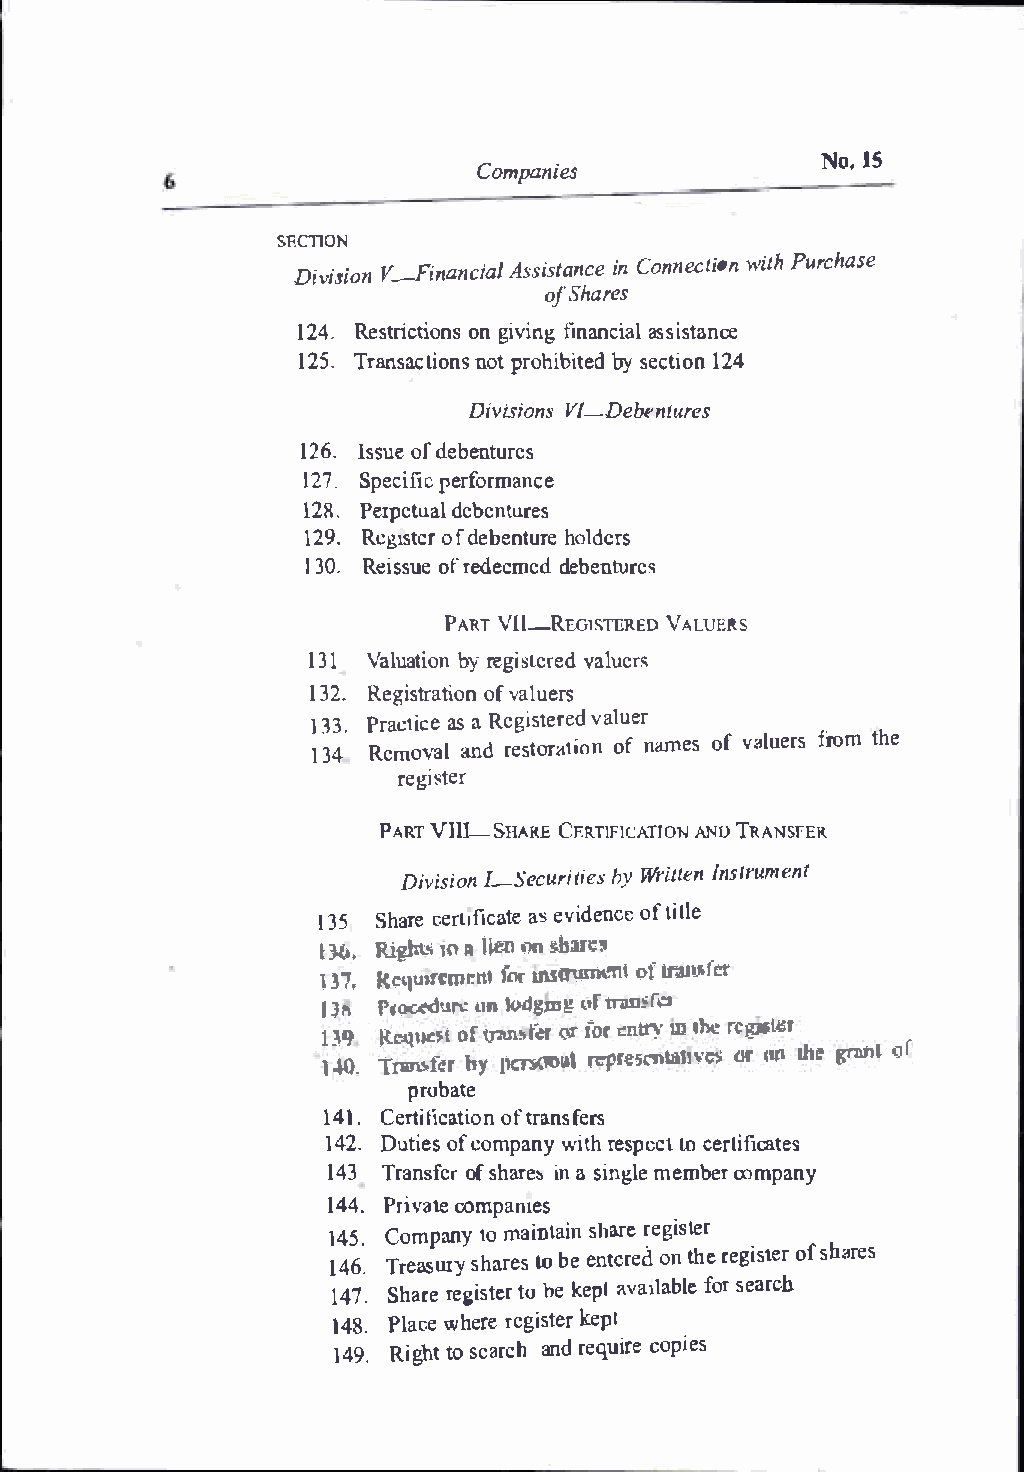
Companies
 No.lS
 SF.CTION
 DivisVi-oFni nanAcsisails itnaC nocnen ectiPounr cwhiatshe
 of  Shares
 12.4 Restriocntg iiovnitisnn ga ncaisasli stance
 12.5 Transacnlopitro onhsi bbyis teecdt 1i2o4n
 DivisViIo--nDse bentures
 126I. ssudee boefn tures
 127S. pecpiefircf ormance
 12RP. erpedteubaeln tures
 129.R cg1osftdc erb enhtoulrdee rs
 130.R eisosfureed ecmdeedb entures
 PARVTl l-REGlSVTEARLEUDER S
 131 Valuabtyir eogni svtaelrueedr s
 132.R egistorfav tailoune rs
 133P.r actaisac R ee gisvtaelreude r
 134 Removaanldr estoroafnt aimoenos fv aluferrostm h e
 register
 PARVTI II-SHACRF.ER TIFICAANTUTJ RONA NSFE!l.
 Divi!s-iSoenc urhiyWt riietltst1 esnt rument
 135S hacreer t1afsei vciadteeon ftc iet le
 a
 LJ6.Righl'l H 'I U:enn n£hut s
 I�7.R c'lwTCmt:nt fu�r of�rer
 lJrt l'road� oo 16l!gmugf t"G�ru;fll:2
 1.39 lt.equcs.ut.f\17tl\5 f�r Gr fei:I1'1r11 . m1l1t:r cgw�u
 14'0- Utml;f.er by pasonol rc:pie-senm1lv=i 6r liDlh e gmnl o'F
 probate
 141C. ertifiocfta rtainosnf ers
 142D.u tioefcs o mpawniytr he sptoe ccetr tificates
 143T ransoffe rs hianars ei�n mgleem bceorm pany
 144P. rivcaotmep ames
 145.C ompatnomy a intsahianrr eeg ister
 146T.r easuryto bseeh natreeorsnet dhr ee giosfst bear res
 147.S harreeg itsoht eek re patv a1lfaosbrel aer ch
 148.P lawchee rree giksetpeir
 149R. igthost e aracnhrd e quciorpei es